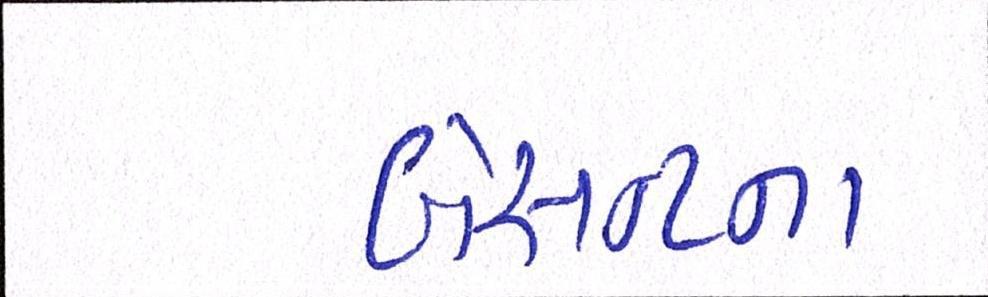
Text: બેસન્ટના